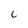
Character: C